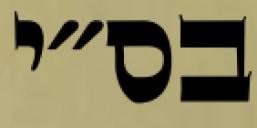
בס״י